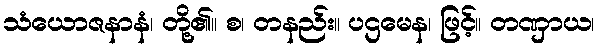
သံယောဇနာနံ၊ တို့၏။ စ၊ တနည်း။ ပဌမေန၊ ဖြင့်။ တဏှာယ၊